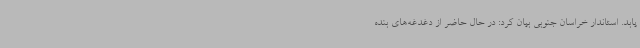
یابد. استاندار خراسان جنوبی بیان کرد: در حال حاضر از دغدغه‌های بنده